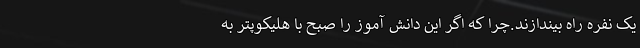
یک نفره راه بیندازند.چرا که اگر این دانش آموز را صبح با هلیکوپتر به